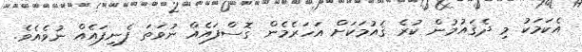
އެކަމަކު މި ދެޤައުމުން ކުރެ ޤައުމަކަށް އަހަރެމެން ގޮސްފައެއް ނުވަތަ ފެނިފައެއް ނުވެއެވެ.